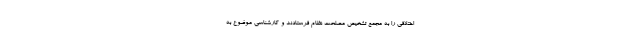
اختلافی را به مجمع تشخیص مصلحت نظام فرستادند و کارشناسی موضوع به